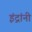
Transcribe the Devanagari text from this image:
इंद्रांनी